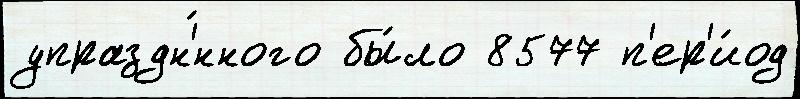
упраздн'́нного бы́ло 8577 п'ер'и́од